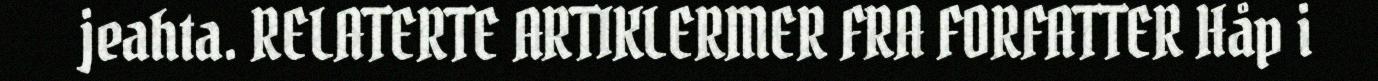
jeahta. RELATERTE ARTIKLERMER FRA FORFATTER Håp i